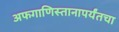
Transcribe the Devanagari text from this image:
अफगाणिस्तानापर्यंतचा